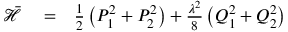
\begin{array} { r l r } { \bar { { \mathcal { H } } } } & { { } = } & { \frac { 1 } { 2 } \left( P _ { 1 } ^ { 2 } + P _ { 2 } ^ { 2 } \right) + \frac { \lambda ^ { 2 } } { 8 } \left( Q _ { 1 } ^ { 2 } + Q _ { 2 } ^ { 2 } \right) } \end{array}